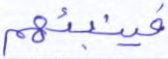
فينبئهم